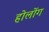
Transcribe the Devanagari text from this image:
होलोंग